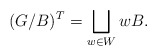
\begin{align*} (G/B)^T=\bigsqcup_{w\in W} wB.\end{align*}